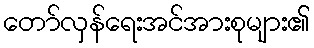
တော်လှန်ရေးအင်အားစုများ၏